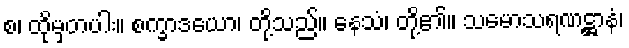
စ၊ ထိုမှတပါး။ စက္ခာဒယော၊ တို့သည်။ နေသံ၊ တို့၏။ သမောသရဏဋ္ဌာနံ၊